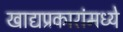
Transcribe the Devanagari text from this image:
खाद्यप्रकारांमध्ये